system: You are a helpful assistant.
user:
Analyze the provided spectrum to determine if it is a **M-type Giant (gM)**.

A M-type Giant spectrum is defined by its **strong molecular absorption** features, particularly from **Titanium Oxide (TiO)**. You must check for one of the following mutually exclusive signatures:

- **Key Visual Indicators (Absorption-Dominated Spectrum):**

    - **(Primary):** The spectrum is dominated by strong molecular absorption from **Titanium Oxide (TiO)**. This is the **defining feature** of its M-type temperature class.
        - **(Key Bandheads):** Look for sharp, "saw-tooth" absorption valleys. The strongest are located near **~7050 Å**, **~6160 Å**, and **~5170 Å**.
        - **(Line Profile):** The "saw-tooth" morphology is critical: a **sharp, steep drop on the BLUE (short-wavelength) side** of the bandhead, followed by a gradual recovery (rising flux) towards the RED (long-wavelength) side.

    - **(Key Confirmation - Giant vs. Dwarf):** **ABSENCE** of strong **Calcium Hydride (CaH)** molecular bands. This is the primary diagnostic for *excluding* M-dwarfs.
        - **(Key Region):** The spectrum should lack the strong, broad absorption band seen in dwarfs between **~6800 Å and ~7000 Å**.

    - **(Secondary Confirmation - Giant):** A very strong and broad **Neutral Calcium (Ca I)** atomic absorption line.
        - **(Key Line):** Located at **~4226 Å**. In a giant (gM), this line is significantly deeper and broader than the same line in an M-dwarf (dM) due to low surface gravity.

    - **(Overall Spectrum):**
        - The continuum is **extremely red-sloping** (i.e., flux is very low in the blue and rises dramatically towards the red).
        - The entire spectrum appears "chopped up" by the deep TiO bands.

Think first, call **spectral_visualization_tool** if needed to examine features in detail, then provide your final answer. Your response must adhere to the following strict rules:
1.  **Overall Structure:** Your response must follow the format `<think>...</think> <tool_call>...</tool_call> (if a tool is used) <answer>...</answer>`.
2.  **Tool Usage Constraint:** You may only make **one** tool call per turn.
3.  **Final Answer Format:** In the `<answer>` tag, your conclusion must be inside a `\boxed{}` command (e.g., `\boxed{YES}` or `\boxed{NO}`), followed by your justification.

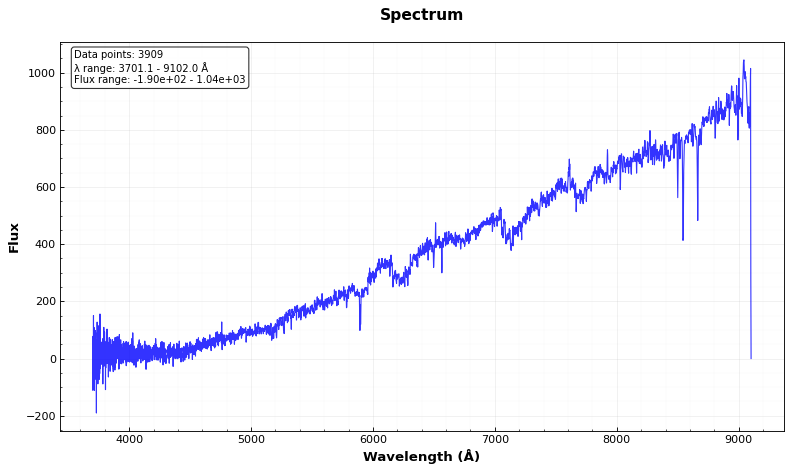
Answer: YES